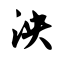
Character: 泱